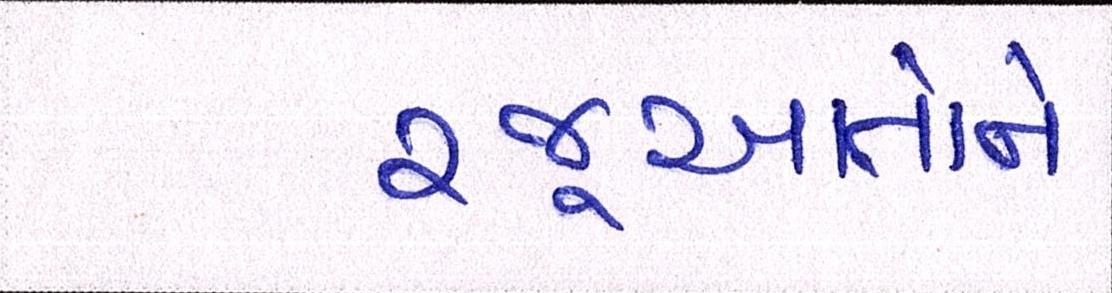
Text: રજૂઆતોને